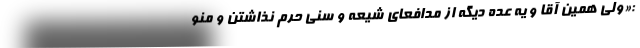
:«ولی همین آقا و یه عده دیگه از مدافعای شیعه و سنی حرم نذاشتن و منو